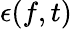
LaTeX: \epsilon(f,t)